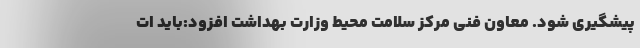
پیشگیری شود. معاون فنی مرکز سلامت محیط وزارت بهداشت افزود:باید ات